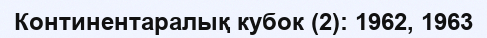
Континентаралық кубок (2): 1962, 1963